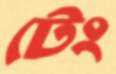
টেং